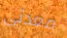
معدتى